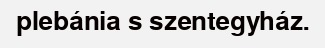
plebánia s szentegyház.